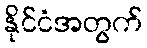
နိုင်ငံအတွက်